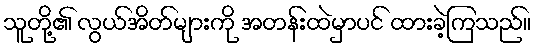
သူတို့၏ လွယ်အိတ်များကို အတန်းထဲမှာပင် ထားခဲ့ကြသည်။